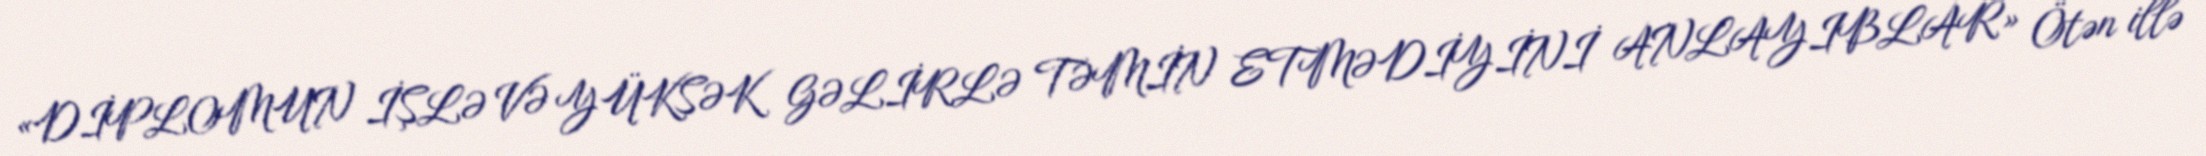
«DİPLOMUN İŞLƏ VƏ YÜKSƏK GƏLİRLƏ TƏMİN ETMƏDİYİNİ ANLAYIBLAR» Ötən illə